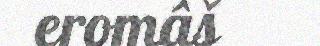
eromâš